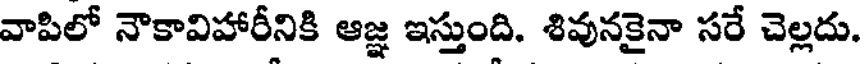
వాపిలో నౌకావిహారీనికి ఆజ్ఞ ఇస్తుంది. శివునకైనా సరే చెల్లదు.